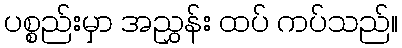
ပစ္စည်းမှာ အညွှန်း ထပ် ကပ်သည်။